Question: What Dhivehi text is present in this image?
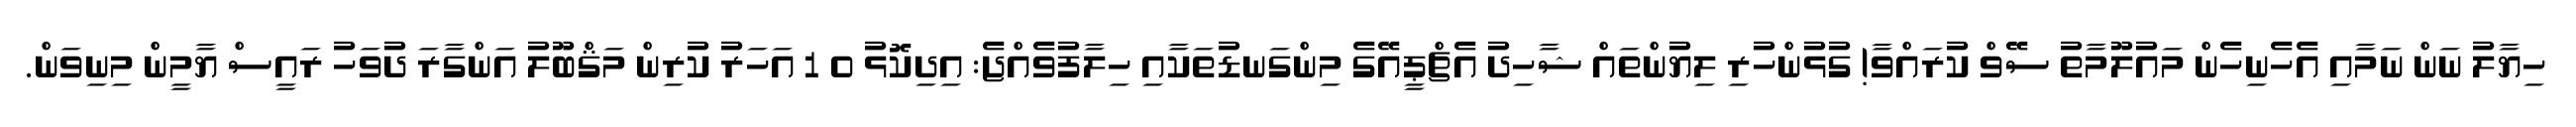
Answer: ހިޔާލު ނަން ނަމާއި އެހެނިހެން މައުލޫމާތު ސޭވް ކުރައްވާ! ގުޅުންހުރި ލިޔުންތައް ޝާހިދު އެޗްޕީއޭގެ މިންގަނޑުތަކާއި ހިލާފުވެއްޖެ: އިދިކޮޅު 0 1 އަހަރު ކުރިން މަޤްބޫލު އަންގާރަ ދުވަހު ރައީސް ޔާމީން މިނިވަން.